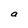
Character: a